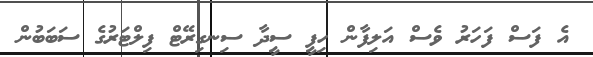
އެ ފަސް ފަހަރު ވެސް އަލިފާން ހިފީ ސީދާ ސިނގިރޭޓް ފިލްޓަރުގެ ސަބަބުން